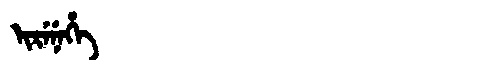
Manchu: ᡳᡵᡝᠨᡝᡥᡝ
Romanization: IRENEHE